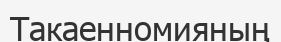
Такаенномияның